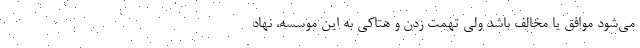
می‌شود موافق یا مخالف باشد ولی تهمت زدن و هتاکی به این موسسه، نهاد